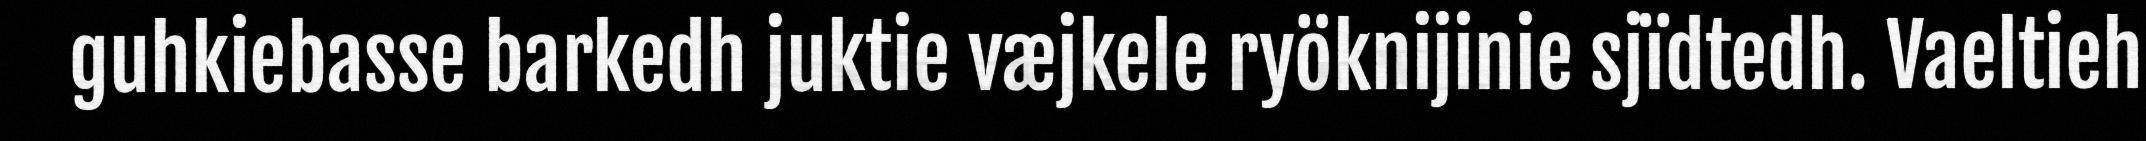
guhkiebasse barkedh juktie væjkele ryöknijinie sjïdtedh. Vaeltieh